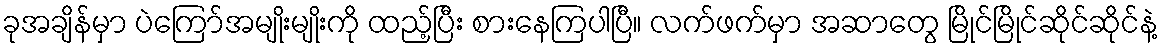
ခုအချိန်မှာ ပဲကြော်အမျိုးမျိုးကို ထည့်ပြီး စားနေကြပါပြီ။ လက်ဖက်မှာ အဆာတွေ မြိုင်မြိုင်ဆိုင်ဆိုင်နဲ့